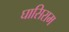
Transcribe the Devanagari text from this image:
घासिराम